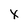
Character: x